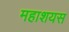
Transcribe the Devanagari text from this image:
महाशयस